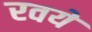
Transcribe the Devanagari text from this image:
रवये